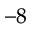
^ { - 8 }